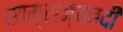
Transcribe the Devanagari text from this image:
साम्राज्यवदी